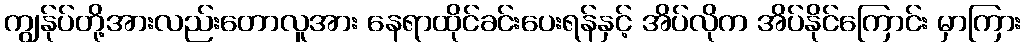
ကျွန်ုပ်တို့အားလည်းတောလူအား နေရာထိုင်ခင်းပေးရန်နှင့် အိပ်လိုက အိပ်နိုင်ကြောင်း မှာကြား